Annual report of the Punjab Veterinary College and of the Civil Veterinary Department, Punjab - 1920-1925
Year: 1920
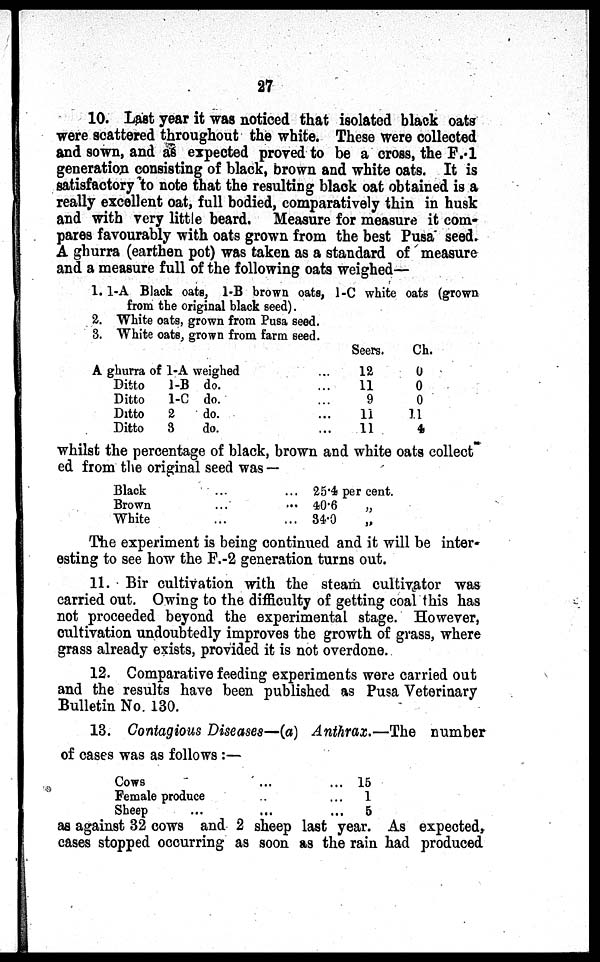
27
10. Last year it was noticed that isolated black oats
were scattered throughout the white. These were collected
and sown, and as expected proved to be a cross, the F.1
generation consisting of black, brown and white oats. It is
satisfactory to note that the resulting black oat obtained is a
really excellent oat, full bodied, comparatively thin in husk
and with very little beard. Measure for measure it com-
pares favourably with oats grown from the best Pusa seed.
A ghurra (earthen pot) was taken as a standard of measure
and a measure full of the following oats weighed—
1. 1-A Black oats, 1-B brown oats, 1-C white oats (grown
from the original black seed).
2. White oats, grown from Pusa seed.
3. White oats, grown from farm seed.
A ghurra of 1-A weighed
Ditto
Ditto
Ditto
Ditto
1-B
1-C
2
3
do.
do.
do.
do.
...
...
...
...
...
Seers.
12
11
9
11
11
Ch.
0
0
0
11
4
whilst the percentage of black, brown and white oats collect
ed from the original seed was—
Black
Brown
White
...
...
...
...
...
...
25.4
40.6
34.0
per cent.
„
„
The experiment is being continued and it will be inter-
esting to see how the F.-2 generation turns out.
11. Bir cultivation with the steam cultivator was
carried out. Owing to the difficulty of getting coal this has
not proceeded beyond the experimental stage. However,
cultivation undoubtedly improves the growth of grass, where
grass already exists, provided it is not overdone.
12. Comparative feeding experiments were carried out
and the results have been published as Pusa Veterinary
Bulletin No. 130.
13. Contagious Diseases—(a) Anthrax.—The number
of cases was as follows:—
Cows
Female produce
Sheep
...
...
...
... 15
...
1
...
5
as against 32 cows and 2 sheep last year. As expected,
cases stopped occurring as soon as the rain had produced